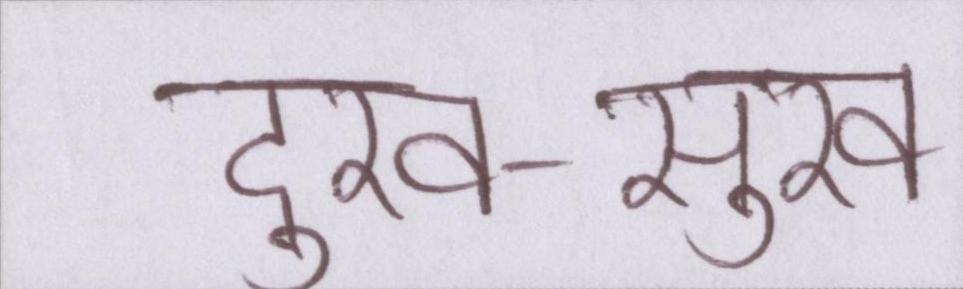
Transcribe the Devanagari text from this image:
दुख-सुख